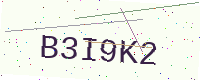
Text: B3I9K2